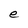
Character: e